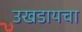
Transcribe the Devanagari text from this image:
उखडायचा